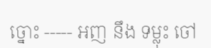
ច្នោះ ----- អញ នឹង ទម្លុះ ចៅ